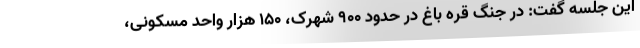
این جلسه گفت: در جنگ قره باغ در حدود ۹۰۰ شهرک، ۱۵۰ هزار واحد مسکونی،